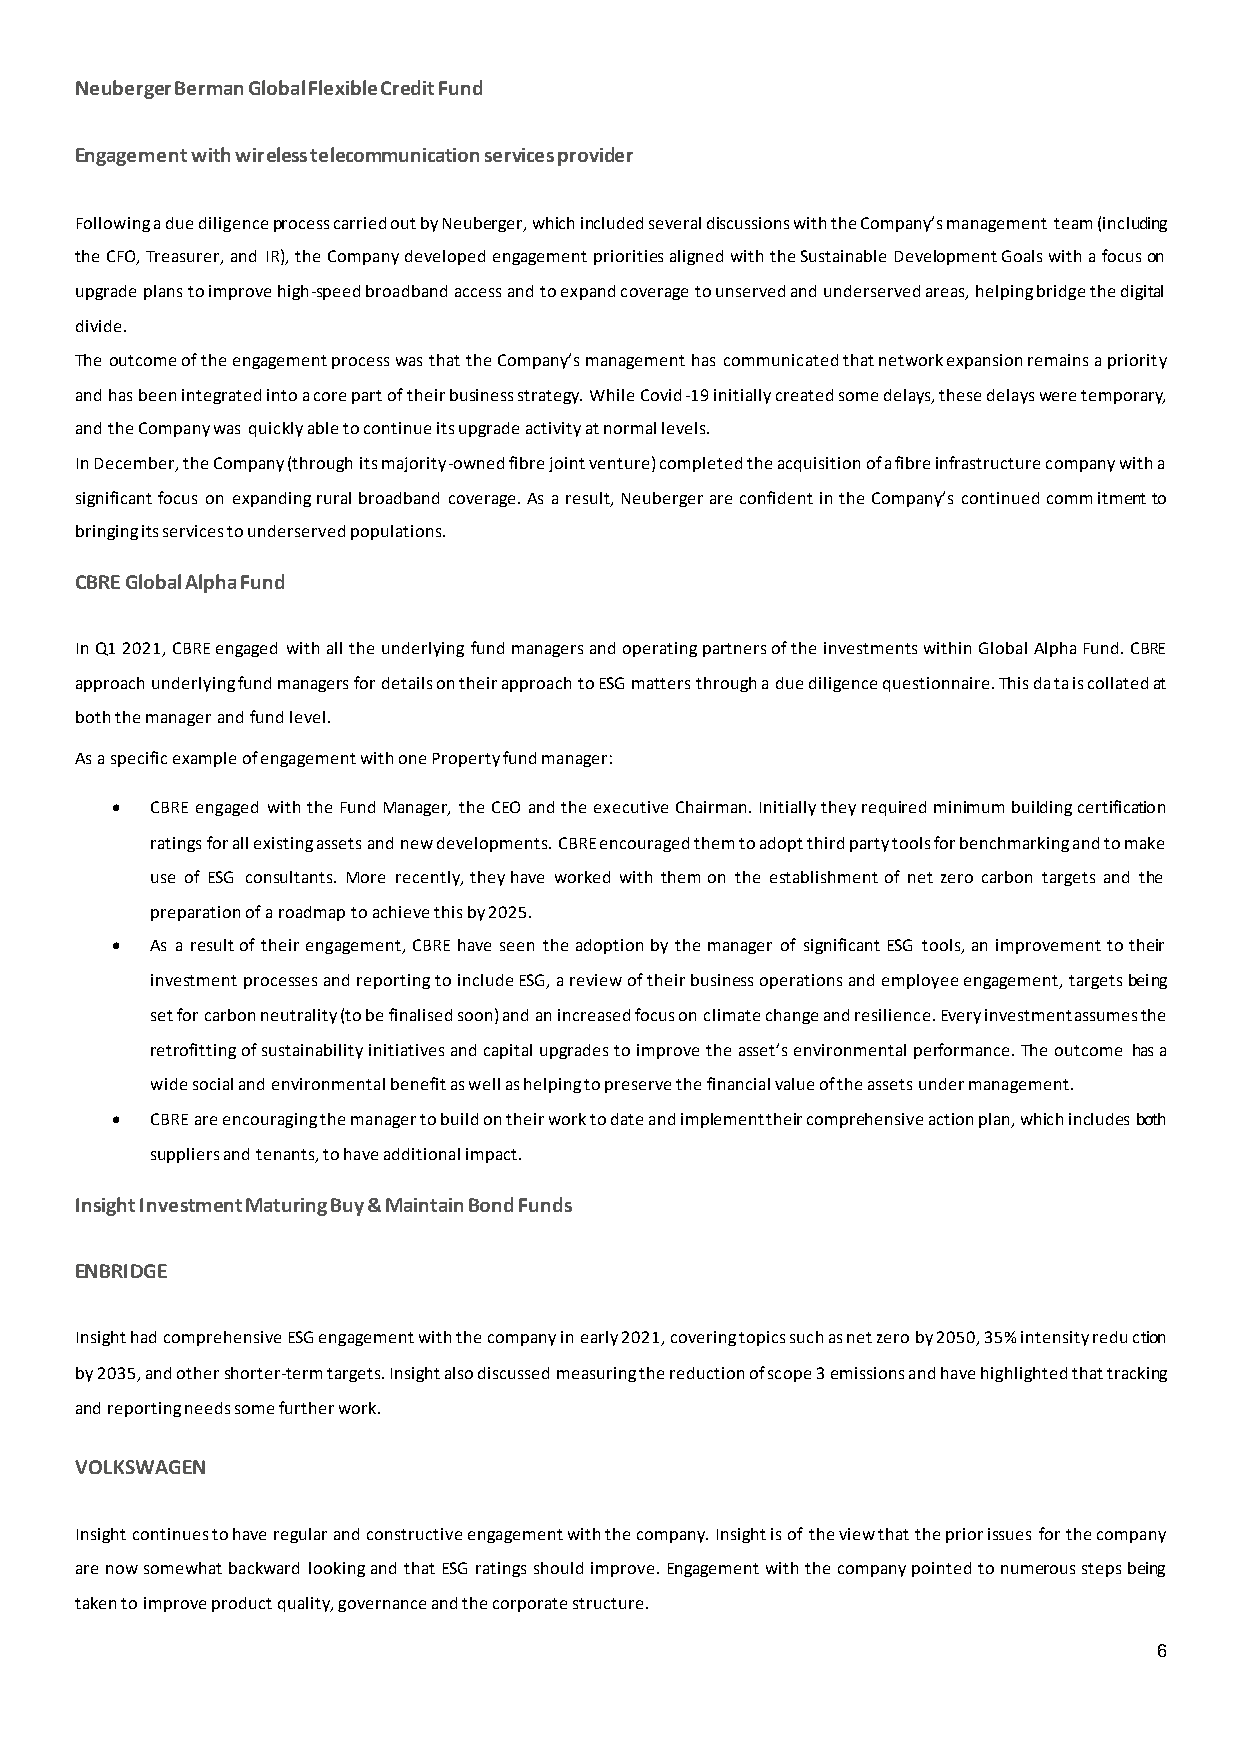
Neuberger Berman Global Flexible Credit Fund
 Engagement with wireless telecommunication services provider
 Following a due diligence process carried out by Neuberger, which included several discussions with the Company’s management team (including
 the CFO, Treasurer, and IR), the Company developed engagement priorities aligned with the Sustainable Development Goals with a focus on
 upgrade plans to improve high-speed broadband access and to expand coverage to unserved and underserved areas, helping bridge the digital
 divide.
 The outcome of the engagement process was that the Company’s management has communicated that network expansion remains a priority
 and has been integrated into a core part of their business strategy. While Covid-19 initially created some delays, these delays were temporary,
 and the Company was quickly able to continue its upgrade activity at normal levels.
 In December, the Company (through its majority-owned fibre joint venture) completed the acquisition of a fibre infrastructure company with a
 significant focus on expanding rural broadband coverage. As a result, Neuberger are confident in the Company’s continued commitment to
 bringing its services to underserved populations.
 CBRE Global Alpha Fund
 In Q1 2021, CBRE engaged with all the underlying fund managers and operating partners of the investments within Global Alpha Fund. CBRE
 approach underlying fund managers for details on their approach to ESG matters through a due diligence questionnaire. This data is collated at
 both the manager and fund level.
 As a specific example of engagement with one Property fund manager:
 •  CBRE engaged with the Fund Manager, the CEO and the executive Chairman. Initially they required minimum building certification
 ratings for all existing assets and new developments. CBRE encouraged them to adopt third party tools for benchmarking and to make
 use of ESG consultants. More recently, they have worked with them on the establishment of net zero carbon targets and the
 preparation of a roadmap to achieve this by 2025.
 •  As a result of their engagement, CBRE have seen the adoption by the manager of significant ESG tools, an improvement to their
 investment processes and reporting to include ESG, a review of their business operations and employee engagement, targets being
 set for carbon neutrality (to be finalised soon) and an increased focus on climate change and resilience. Every investment assumes the
 retrofitting of sustainability initiatives and capital upgrades to improve the asset’s environmental performance. The outcome has a
 wide social and environmental benefit as well as helping to preserve the financial value of the assets under management.
 •  CBRE are encouraging the manager to build on their work to date and implement their comprehensive action plan, which includes both
 suppliers and tenants, to have additional impact.
 Insight Investment Maturing Buy & Maintain Bond Funds
 ENBRIDGE
 Insight had comprehensive ESG engagement with the company in early 2021, covering topics such as net zero by 2050, 35% intensity reduction
 by 2035, and other shorter-term targets. Insight also discussed measuring the reduction of scope 3 emissions and have highlighted that tracking
 and reporting needs some further work.
 VOLKSWAGEN
 Insight continues to have regular and constructive engagement with the company. Insight is of the view that the prior issues for the company
 are now somewhat backward looking and that ESG ratings should improve. Engagement with the company pointed to numerous steps being
 taken to improve product quality, governance and the corporate structure.
 6